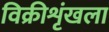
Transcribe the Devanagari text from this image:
विक्रीशृंखला